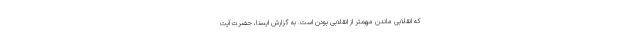
که انقلابی ماندن مهمتر از انقلابی بودن است. به گزارش ایسنا، حضرت آیت